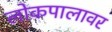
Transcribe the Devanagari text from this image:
लोकपालावर